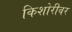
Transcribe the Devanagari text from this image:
किशोरीवर